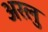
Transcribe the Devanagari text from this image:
अरलु